Vabadussoja_Ajaloo_Komitee, lk 24
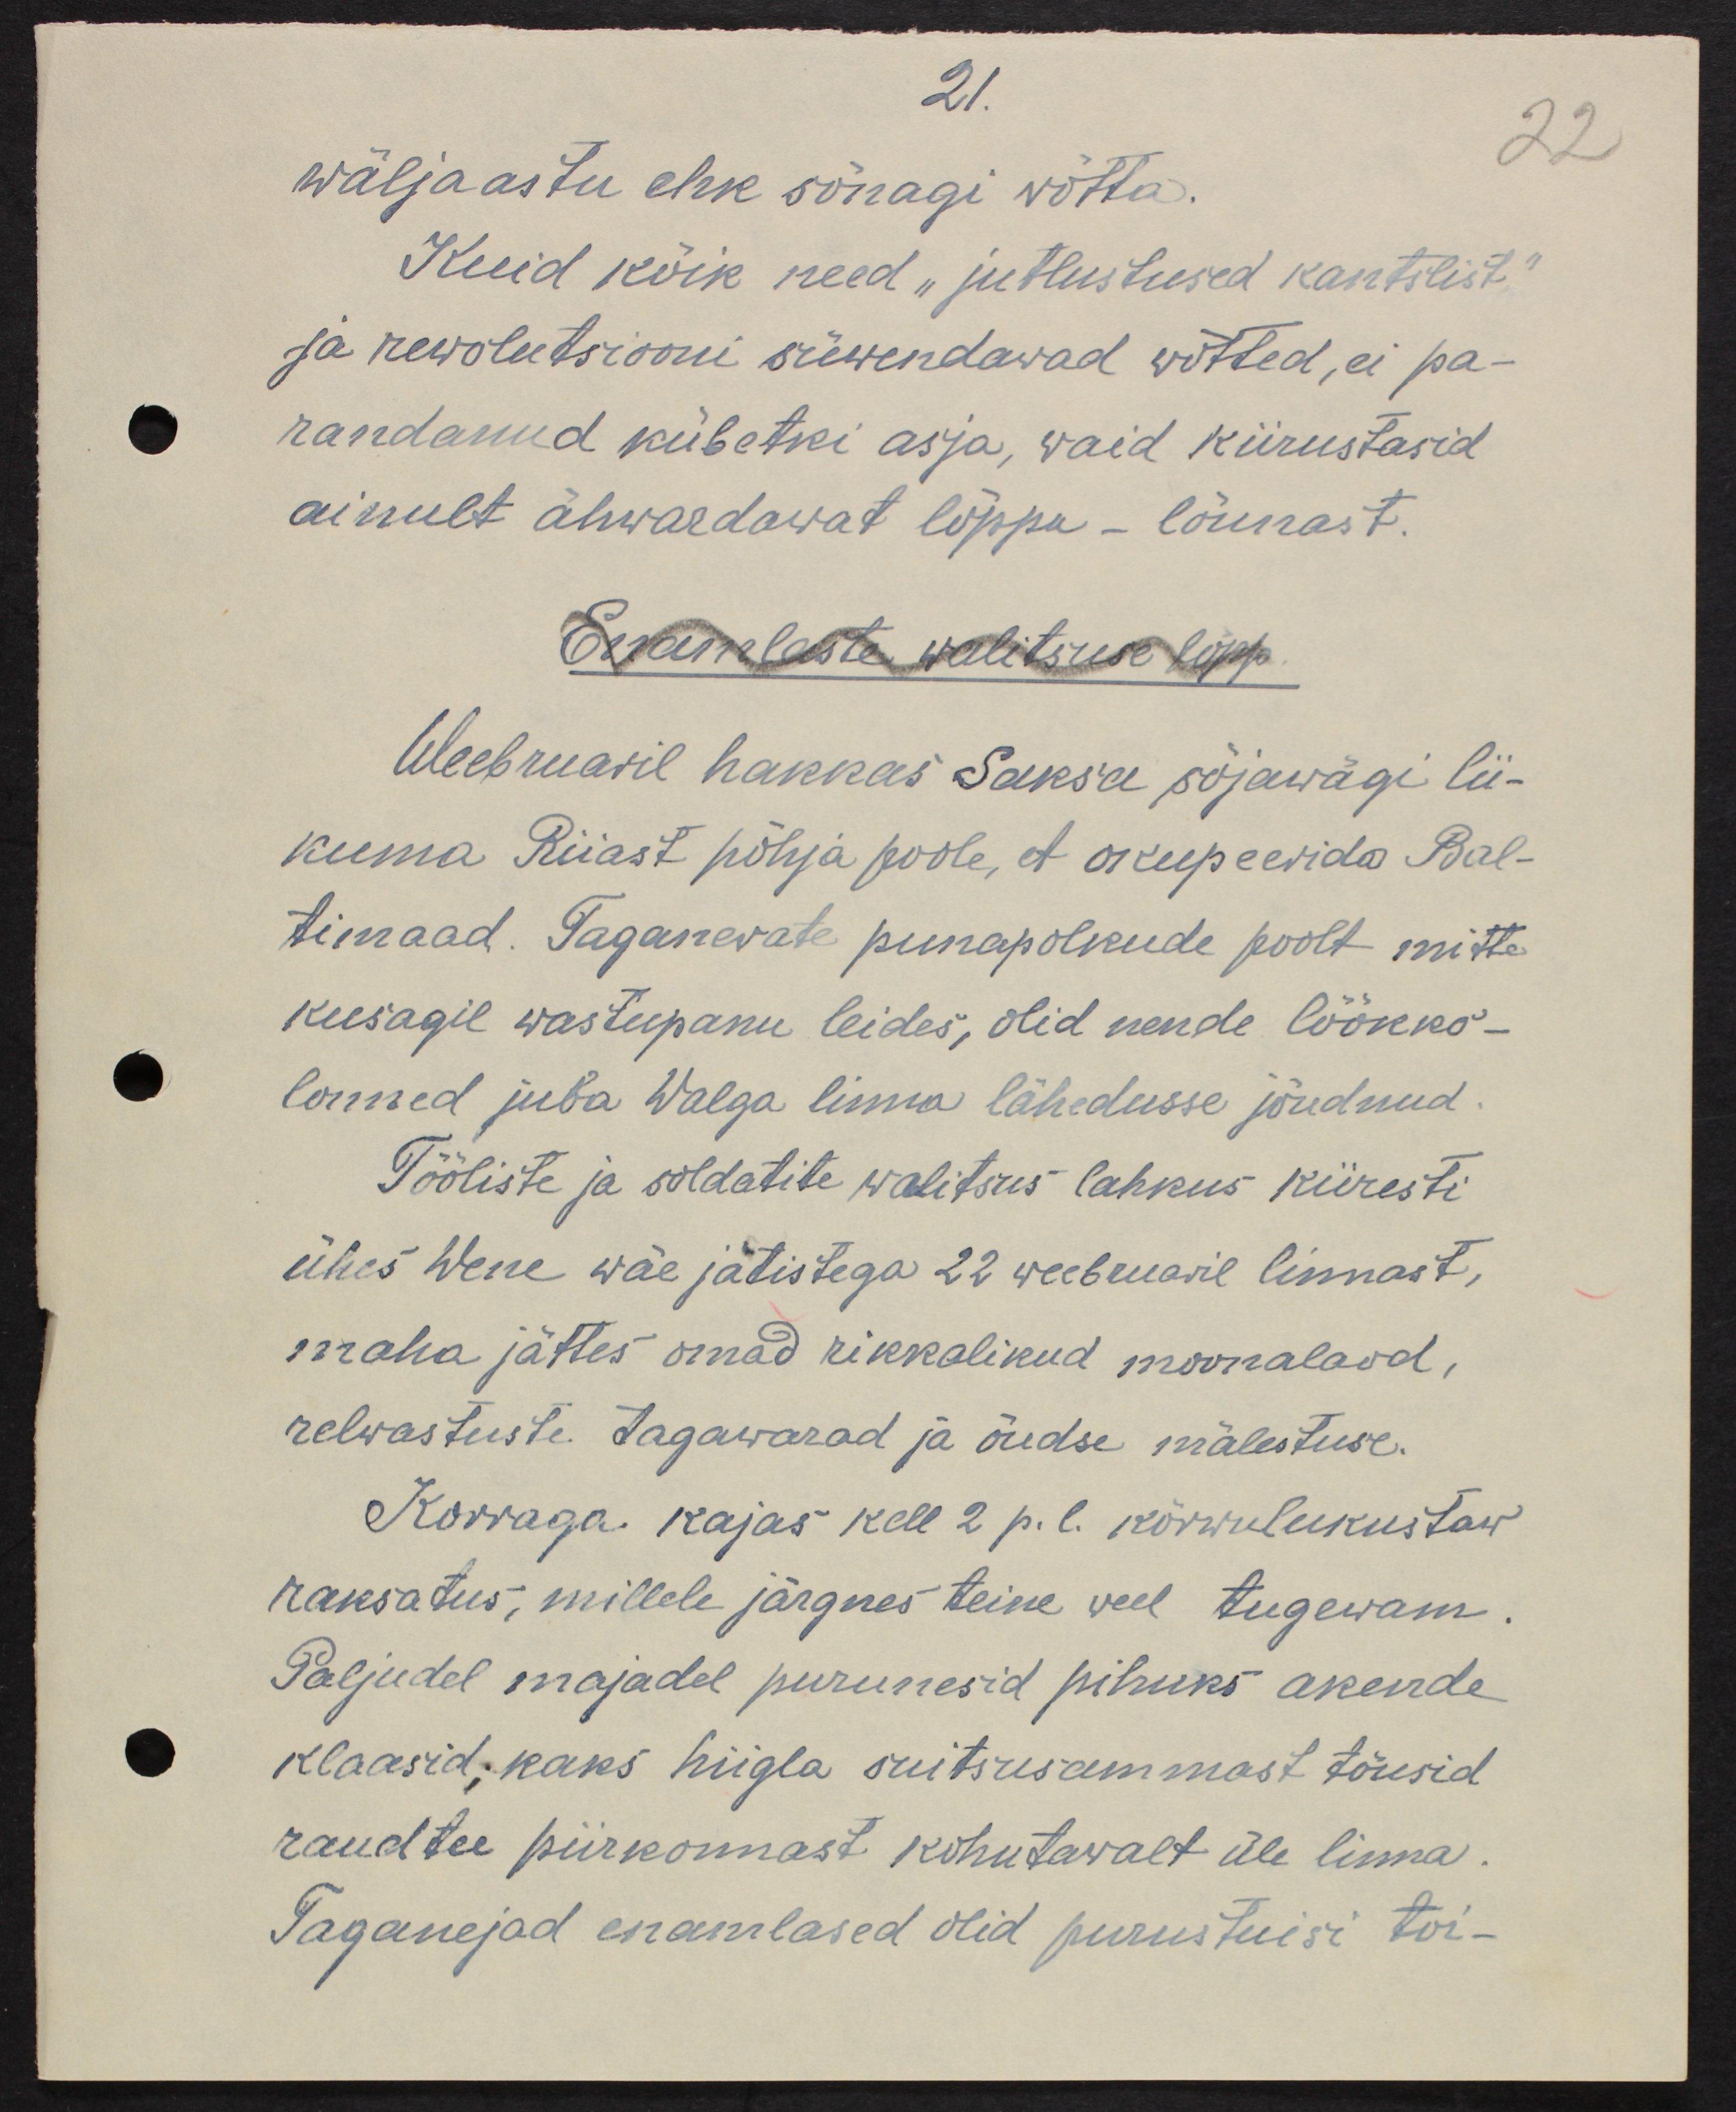
21.
wäljaastu ehk sõnagi võtta.
Kuid kõik need "jutlused kantslist"
ja rewolutsiooni süwendavad wõtted, ei pa-
randanud kübetki asja, waid kiirustasid 
ainult ähwardawat lõppu - lõunast.
Enamlaste walitsuse lõpp
Weebruaril hakkas Saksa sõjawägi lii-
kuma Riiast põhja poole, et okupeerida Bal-
timaad. Taganevate punapolkude poolt mitte
kusagil wastupanu leides, olid nende löökko-
lonnid juba Walga linna lähedusse jõudnud.
Tööliste ja soldatite walitsus lahkus kiiresti
ühes Wene wäe jätistega 22 weebruaril linnast,
maha jättes omad rikkalikud moonalaod,
relwastuste tagawarad ja õudse mälestuse.
Korraga kajas kell 2 p. l. kõrwulukustaw
raksatus, millele järgnes teine, weel tugewam.
Paljudel majadel purunesid pihuks akende 
klaasid, kaks hiigla suitsusammast tõusid
raudtee piirkonnast kohutawalt üle linna.
Taganejad enamlased olid purustuisi toi-